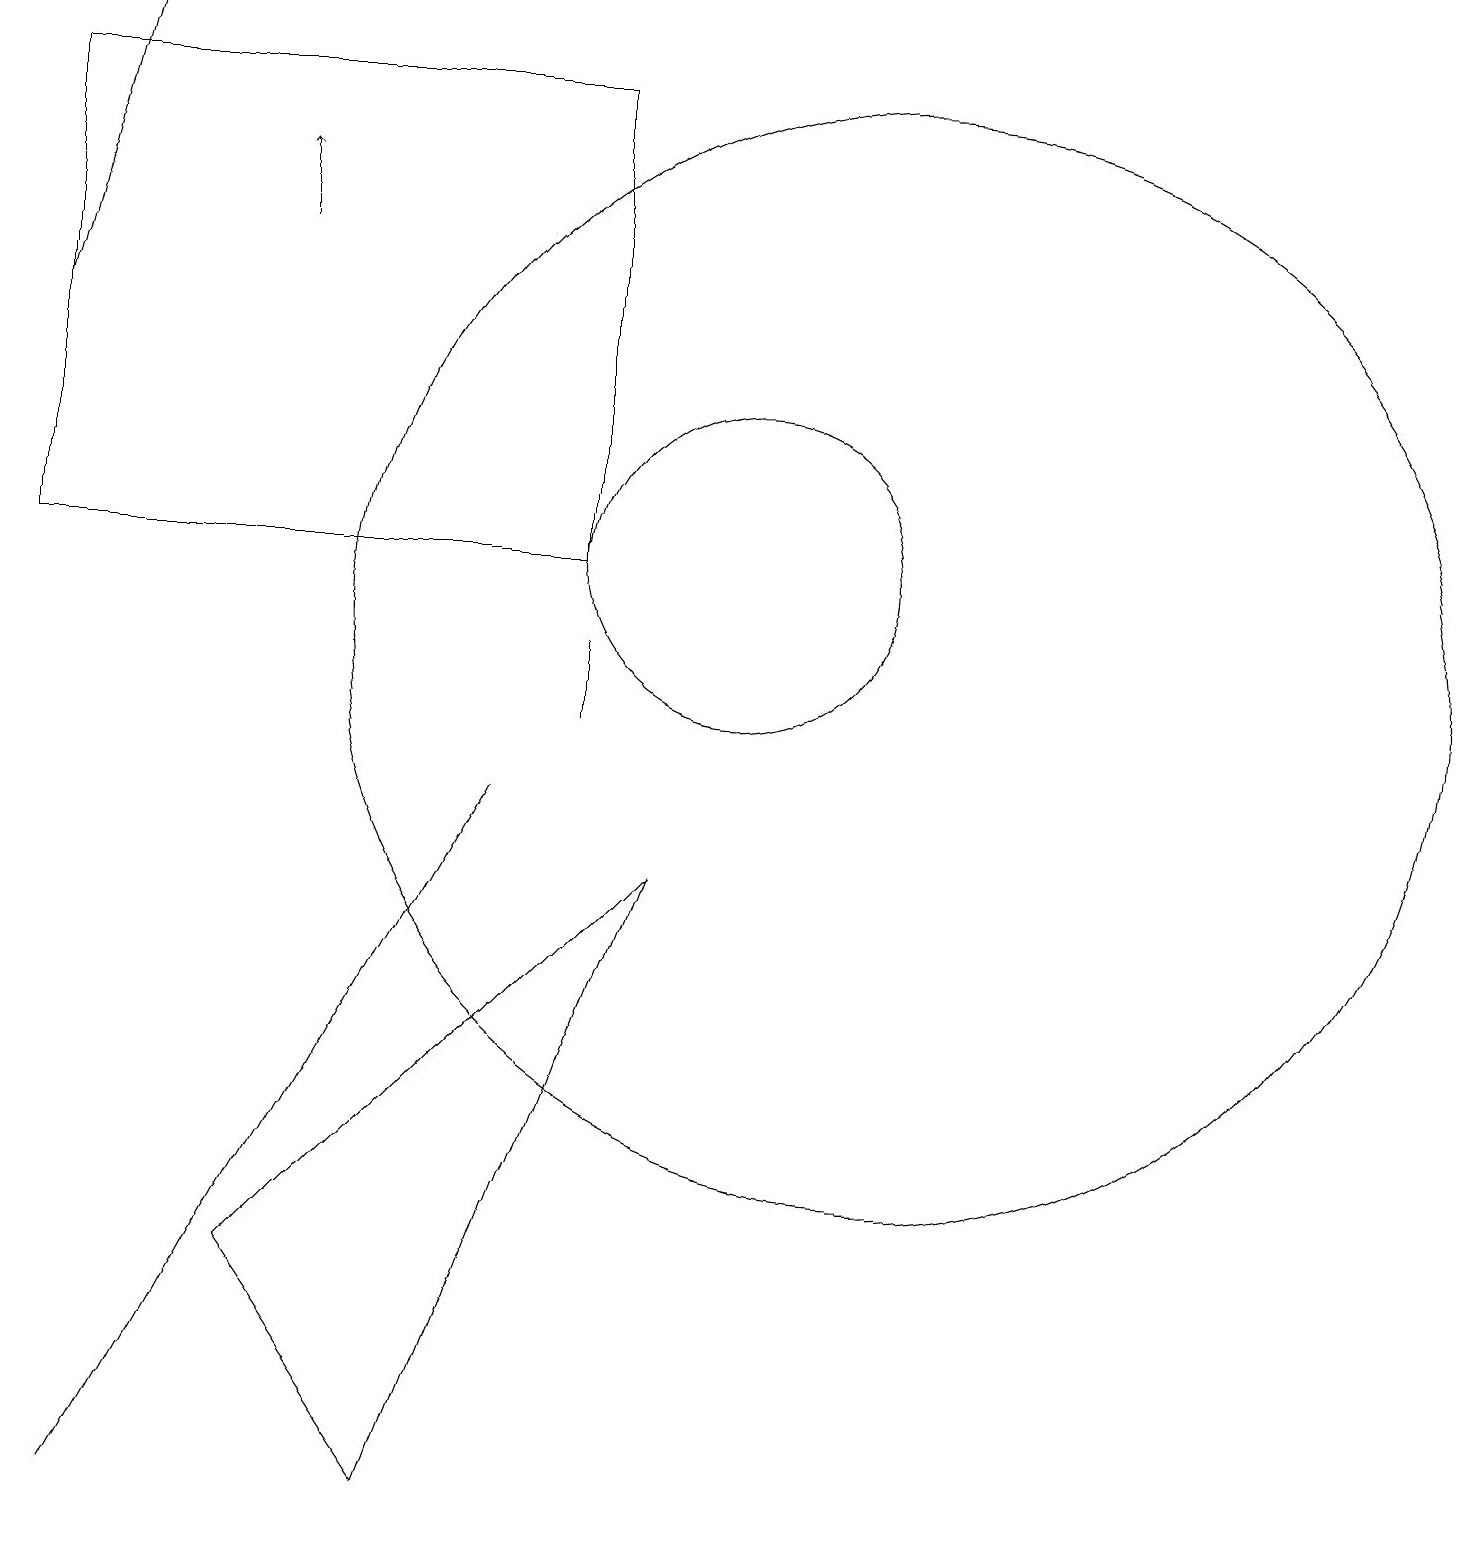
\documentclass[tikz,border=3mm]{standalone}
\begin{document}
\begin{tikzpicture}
\draw (7,9) -- (2,0) -- (2,0) -- cycle;
\draw[->] (1,15) -- (2,19);
\draw (1,18) rectangle (8,12);
\draw (9,8) -- (4,3) -- (6,0) -- cycle;
\draw[->] (4,16) -- (4,17);
\draw (10,12) circle (2);
\draw (12,11) circle (7);
\draw (8,11) rectangle (8,10);
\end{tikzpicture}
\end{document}